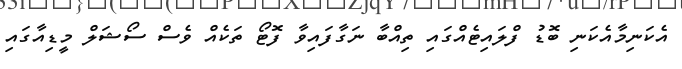
އެކަނިމާއެކަނި ބޮޑު ފްލައިޓެއްގައި ތިއްބާ ނަގާފައިވާ ފޮޓޯ ތަކެއް ވެސް ސޯޝަލް މީޑިއާގައި